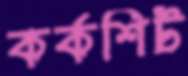
কর্কশিট